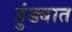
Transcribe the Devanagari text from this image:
हुंड्यात